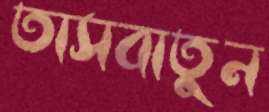
তাসবাতুন